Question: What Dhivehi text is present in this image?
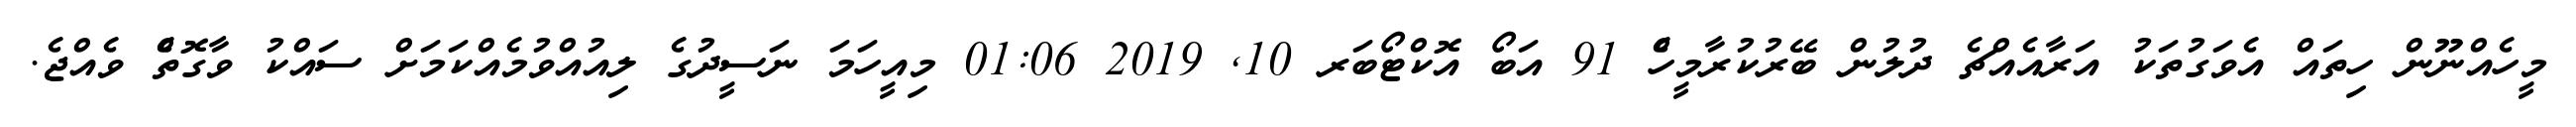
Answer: މީހެއްނޫން ހިތައް އެވަގުތަކު އަރާއެއްޗެ ދުލުން ބޭރުކުރާމީހެް 91 އަބޯ އޮކްޓޯބަރ 10, 2019 01:06 މިއީހަމަ ނަސީދުގެ ލިއުއްވުމެއްކަމަށް ސައްކު ވާގޮތެް ވެއްޖެ.